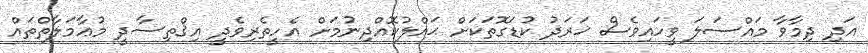
އަދި ދިމާވާ މައްސަލަ ވީހައިވެސް ޚަރަދު ކުޑަގޮތަކަށް ޙައްލުކޮއްދިނުމަށް އެހީތެރިވެދީ އިޤްތިސާދީ މުޢާމަލާތްތައް